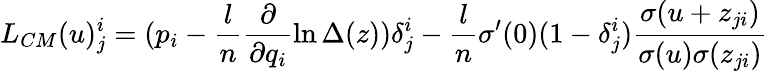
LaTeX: L_{CM}(u)_{j}^{i}=(p_{i}-\frac{l}{n}\frac{\partial}{\partial q_{i}}\ln\Delta(z))\delta_{j}^{i}-\frac{l}{n}\sigma^{\prime}(0)(1-\delta_{j}^{i})\frac{\sigma(u+z_{ji})}{\sigma(u)\sigma(z_{ji})}